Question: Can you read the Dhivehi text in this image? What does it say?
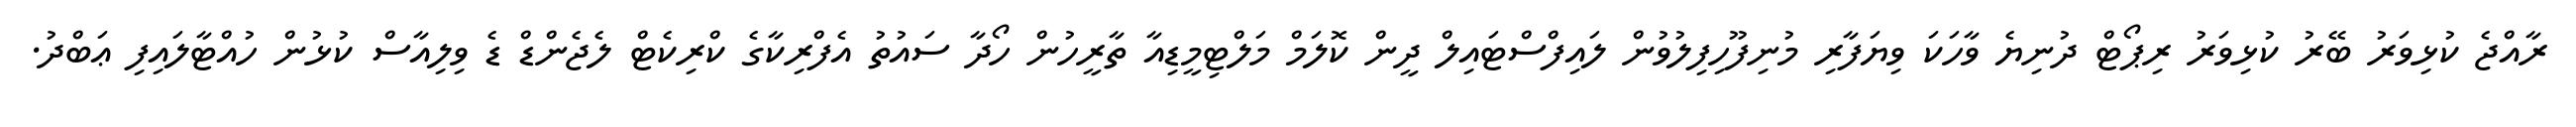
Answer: ރާއްޖެ ކުޅިވަރު ބޭރު ކުޅިވަރު ރިޕޯޓް ދުނިޔެ ވާހަކަ ވިޔަފާރި މުނިފޫހިފިލުވުން ލައިފްސްޓައިލް ދީން ކޮލަމް މަލްޓިމީޑިއާ ތާރީހުން ހޯދާ ސައުތު އެފްރިކާގެ ކްރިކެޓް ލެޖެންޑް ޑެ ވިލިއާސް ކުޅުން ހުއްޓާލައިފި ޢަބްދު.